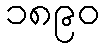
၁၈၉၀